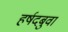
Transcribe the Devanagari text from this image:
हर्षदबुवा